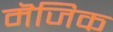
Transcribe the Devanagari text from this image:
मॆजिक